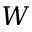
W